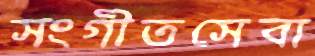
সংগীতসেবা